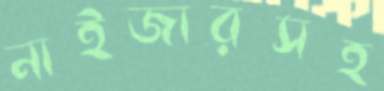
নাইজারসহ